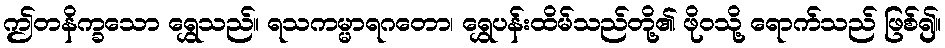
ဤတနိက္ခသော ရွှေသည်။ ရသကမ္မာရဂတော၊ ရွှေပန်းထိမ်သည်တို့၏ ဖိုဝသို့ ရောက်သည် ဖြစ်၍။